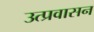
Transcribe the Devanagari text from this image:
उत्प्रवासन